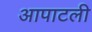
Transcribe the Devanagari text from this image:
आपाटली